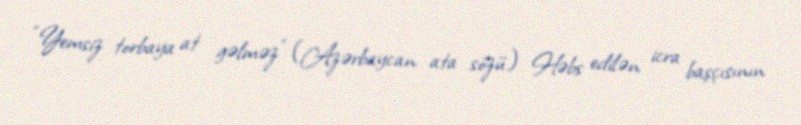
“Yemsiz torbaya at gəlməz” (Azərbaycan ata sözü) Həbs edilən icra başçısının